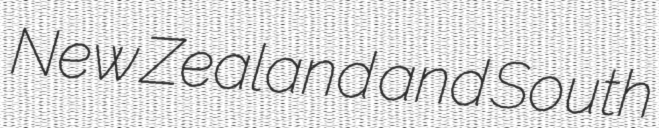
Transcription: New Zealand and South